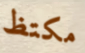
مكتظ